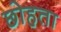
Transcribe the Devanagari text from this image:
छोहता